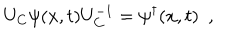
U _ { C } \psi ( x , t ) U _ { C } ^ { - 1 } = \psi ^ { \dagger } ( x , t ) \ \ ,